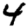
Digit: 4